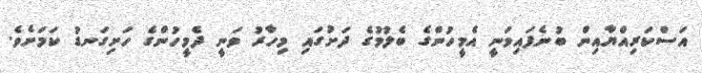
އަސްކަރިއްޔާއިން ބުނެފައިވަނީ އެމީހުންގެ ބެލުމުގެ ދަށުގައި މިހާރު ވަނީ ދެމީހުންގެ ހަށިގަނޑު ކަމަށެވެ.